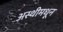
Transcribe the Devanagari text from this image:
अस्थीमधून